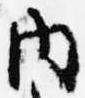
内